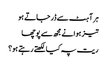
ہر آہٹ سے ڈر جاتے ہو
تیز ہوا نے مجھ سے پوچھا
ریت پہ کیا لکھتے رہتے ہو؟